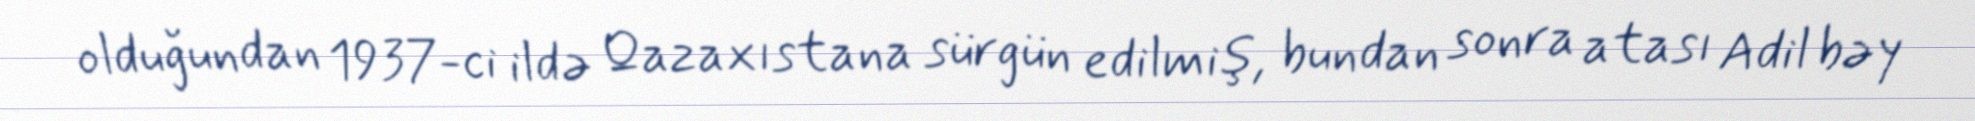
olduğundan 1937-ci ildə Qazaxıstana sürgün edilmiş, bundan sonra atası Adil bəy